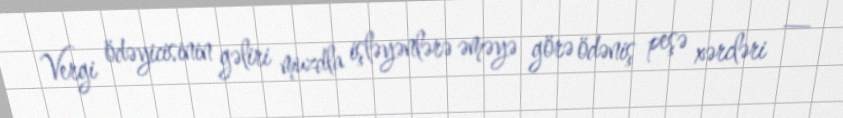
Vergi ödəyicisinin gəliri muzdla işləyənlərə əməyə görə ödəniş peşə xərcləri _